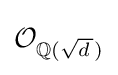
{\mathcal {O}}_{\mathbb {Q} ({\sqrt {d\,}}\!\!\!\;\;)}